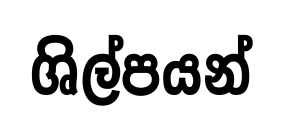
ශිල්පයන්